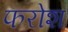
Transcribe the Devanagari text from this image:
फरोश